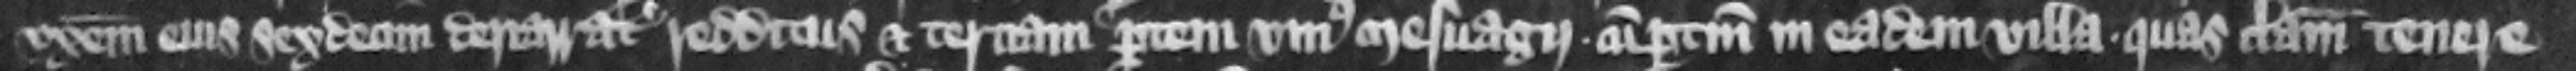
vxorem eius sexdecim denarratas redditus et terciam partem vnius mesuagii cum pertinencis in eadem villa quas clamat tenere